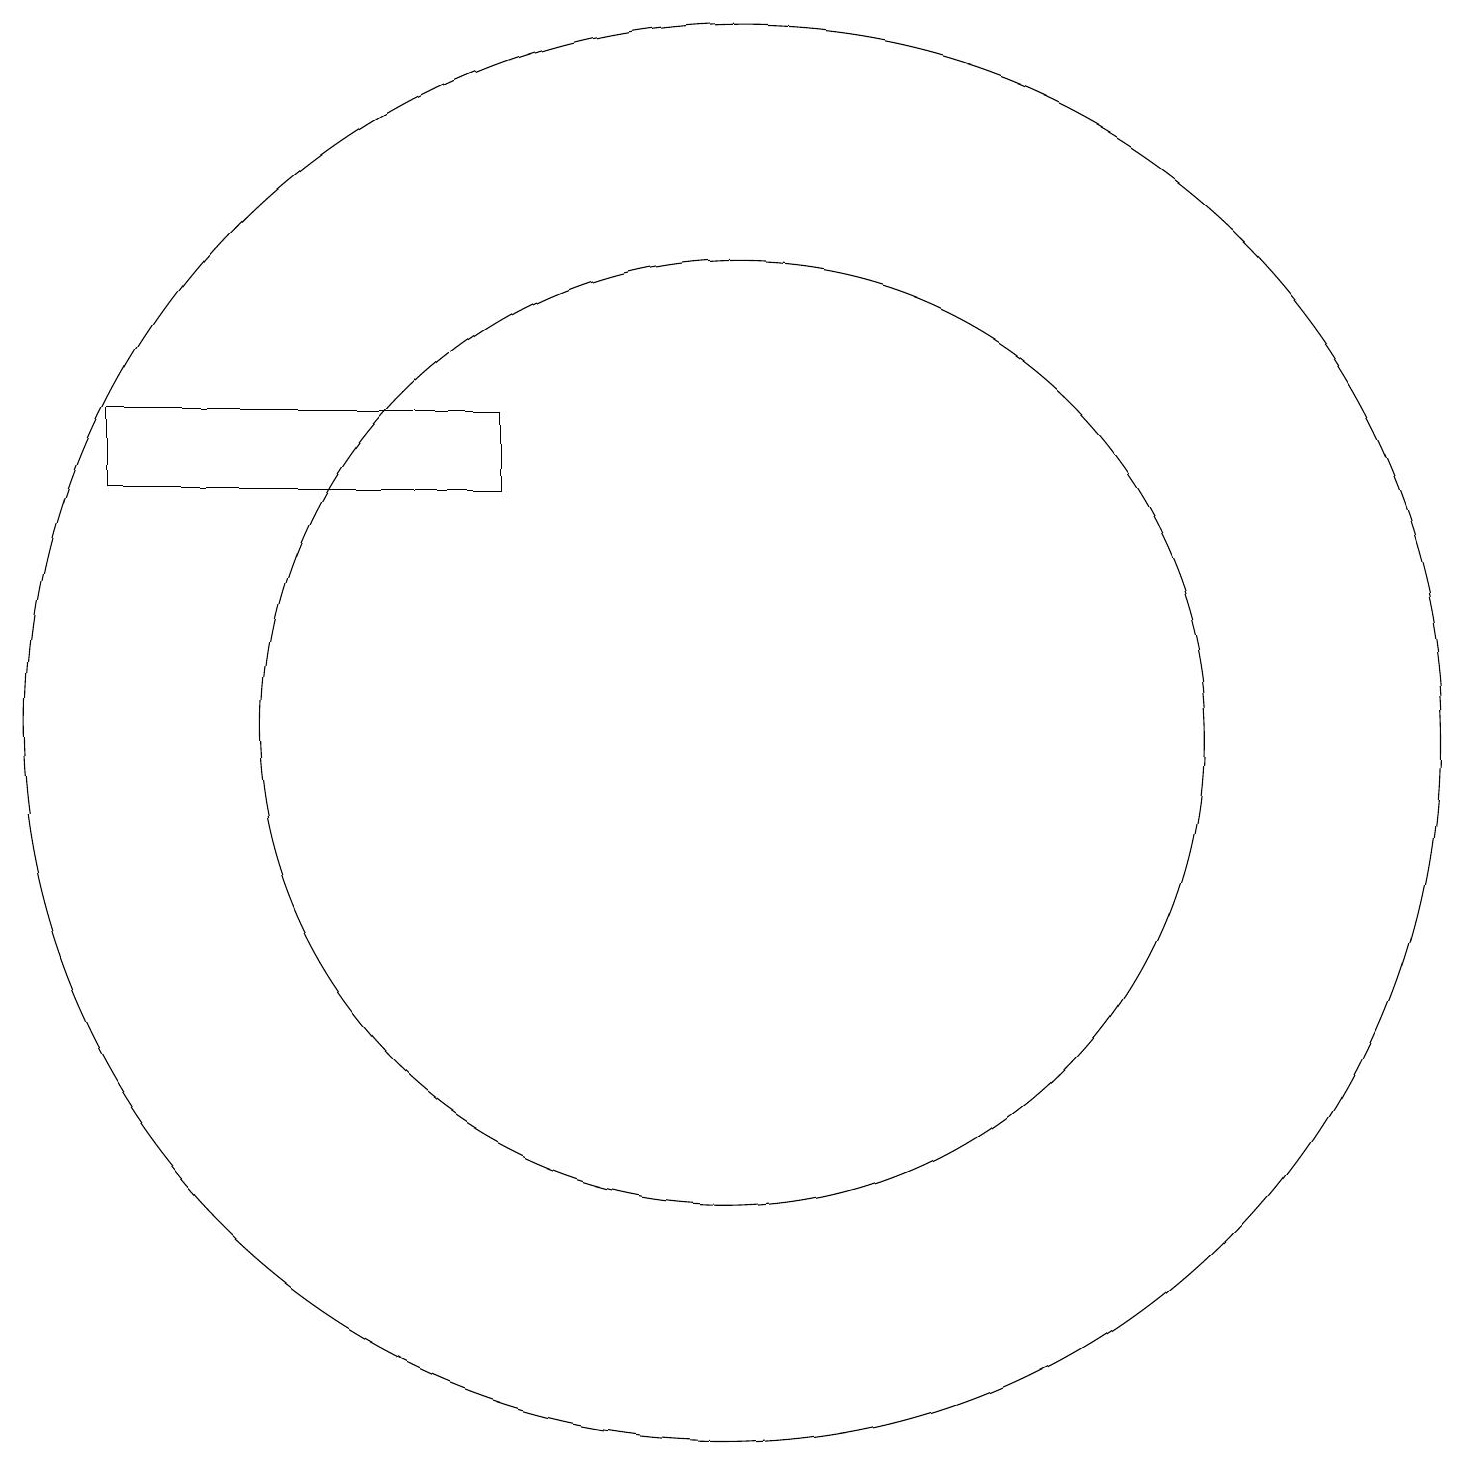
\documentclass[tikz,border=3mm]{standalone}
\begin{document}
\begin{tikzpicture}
\draw (11,11) circle (9);
\draw (8,15) rectangle (3,14);
\draw (11,11) circle (6);
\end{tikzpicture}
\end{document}